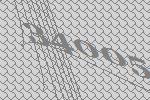
34005